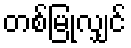
တစ်မြုံလျှင်